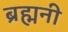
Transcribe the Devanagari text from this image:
ब्रह्मनी